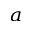
^ a